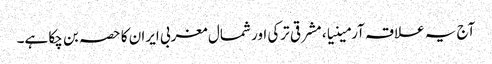
آج یہ علاقہ آرمینیا، مشرقی ترکی اور شمال مغربی ایران کا حصہ بن چکا ہے۔